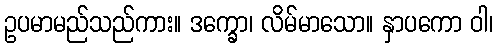
ဥပမာမည်သည်ကား။ ဒက္ခော၊ လိမ်မာသော။ နှာပကော ဝါ၊